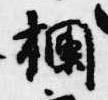
欄